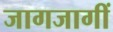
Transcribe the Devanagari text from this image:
जागजागीं